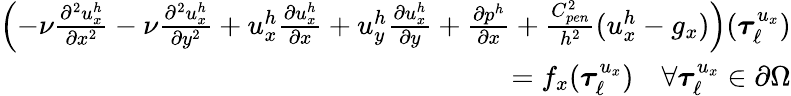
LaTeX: \begin{array}{r}{\left(-\nu\frac{\partial^{2}u_{x}^{h}}{\partial x^{2}}-\nu\frac{\partial^{2}u_{x}^{h}}{\partial y^{2}}+u_{x}^{h}\frac{\partial u_{x}^{h}}{\partial x}+u_{y}^{h}\frac{\partial u_{x}^{h}}{\partial y}+\frac{\partial p^{h}}{\partial x}+\frac{C_{pen}^{2}}{h^{2}}(u_{x}^{h}-g_{x})\right)(\boldsymbol{\tau}_{\ell}^{u_{x}})}\\ {=f_{x}(\boldsymbol{\tau}_{\ell}^{u_{x}})\quad\forall\boldsymbol{\tau}_{\ell}^{u_{x}}\in\partial\Omega}\end{array}